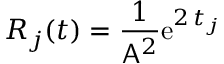
R _ { j } ( t ) = \frac { 1 } { \mathsf { A } ^ { 2 } } \mathrm { e } ^ { 2 \, t _ { j } }